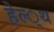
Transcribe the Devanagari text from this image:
हेल्‍्थ